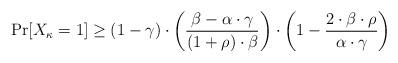
LaTeX: \begin{align*}\Pr[X_\kappa = 1] \geq (1-\gamma) \cdot \left(\frac{\beta - \alpha \cdot \gamma}{(1+\rho) \cdot \beta}\right) \cdot \left(1 - \frac{2\cdot \beta \cdot \rho}{\alpha \cdot \gamma} \right)\end{align*}